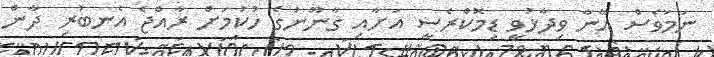
ނަމަވެސް އޭނާ ވިދާޅުވީ ޑިމޮކްރެސީ އަށާއި ގާނޫނުގެ ހުކުމަށް ރާއްޖެ އެނބުރި ދާން